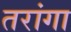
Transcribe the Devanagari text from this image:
तरांगा